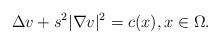
LaTeX: \begin{align*}\Delta v+s^{2}|\nabla v|^{2}=c(x),x\in \Omega . \end{align*}